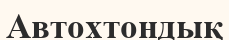
Автохтондық